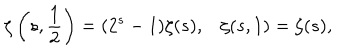
LaTeX: \zeta \left( s , \frac { 1 } { 2 } \right) = ( 2 ^ { s } - 1 ) \zeta ( s ) , \zeta ( s , 1 ) = \zeta ( s ) ,